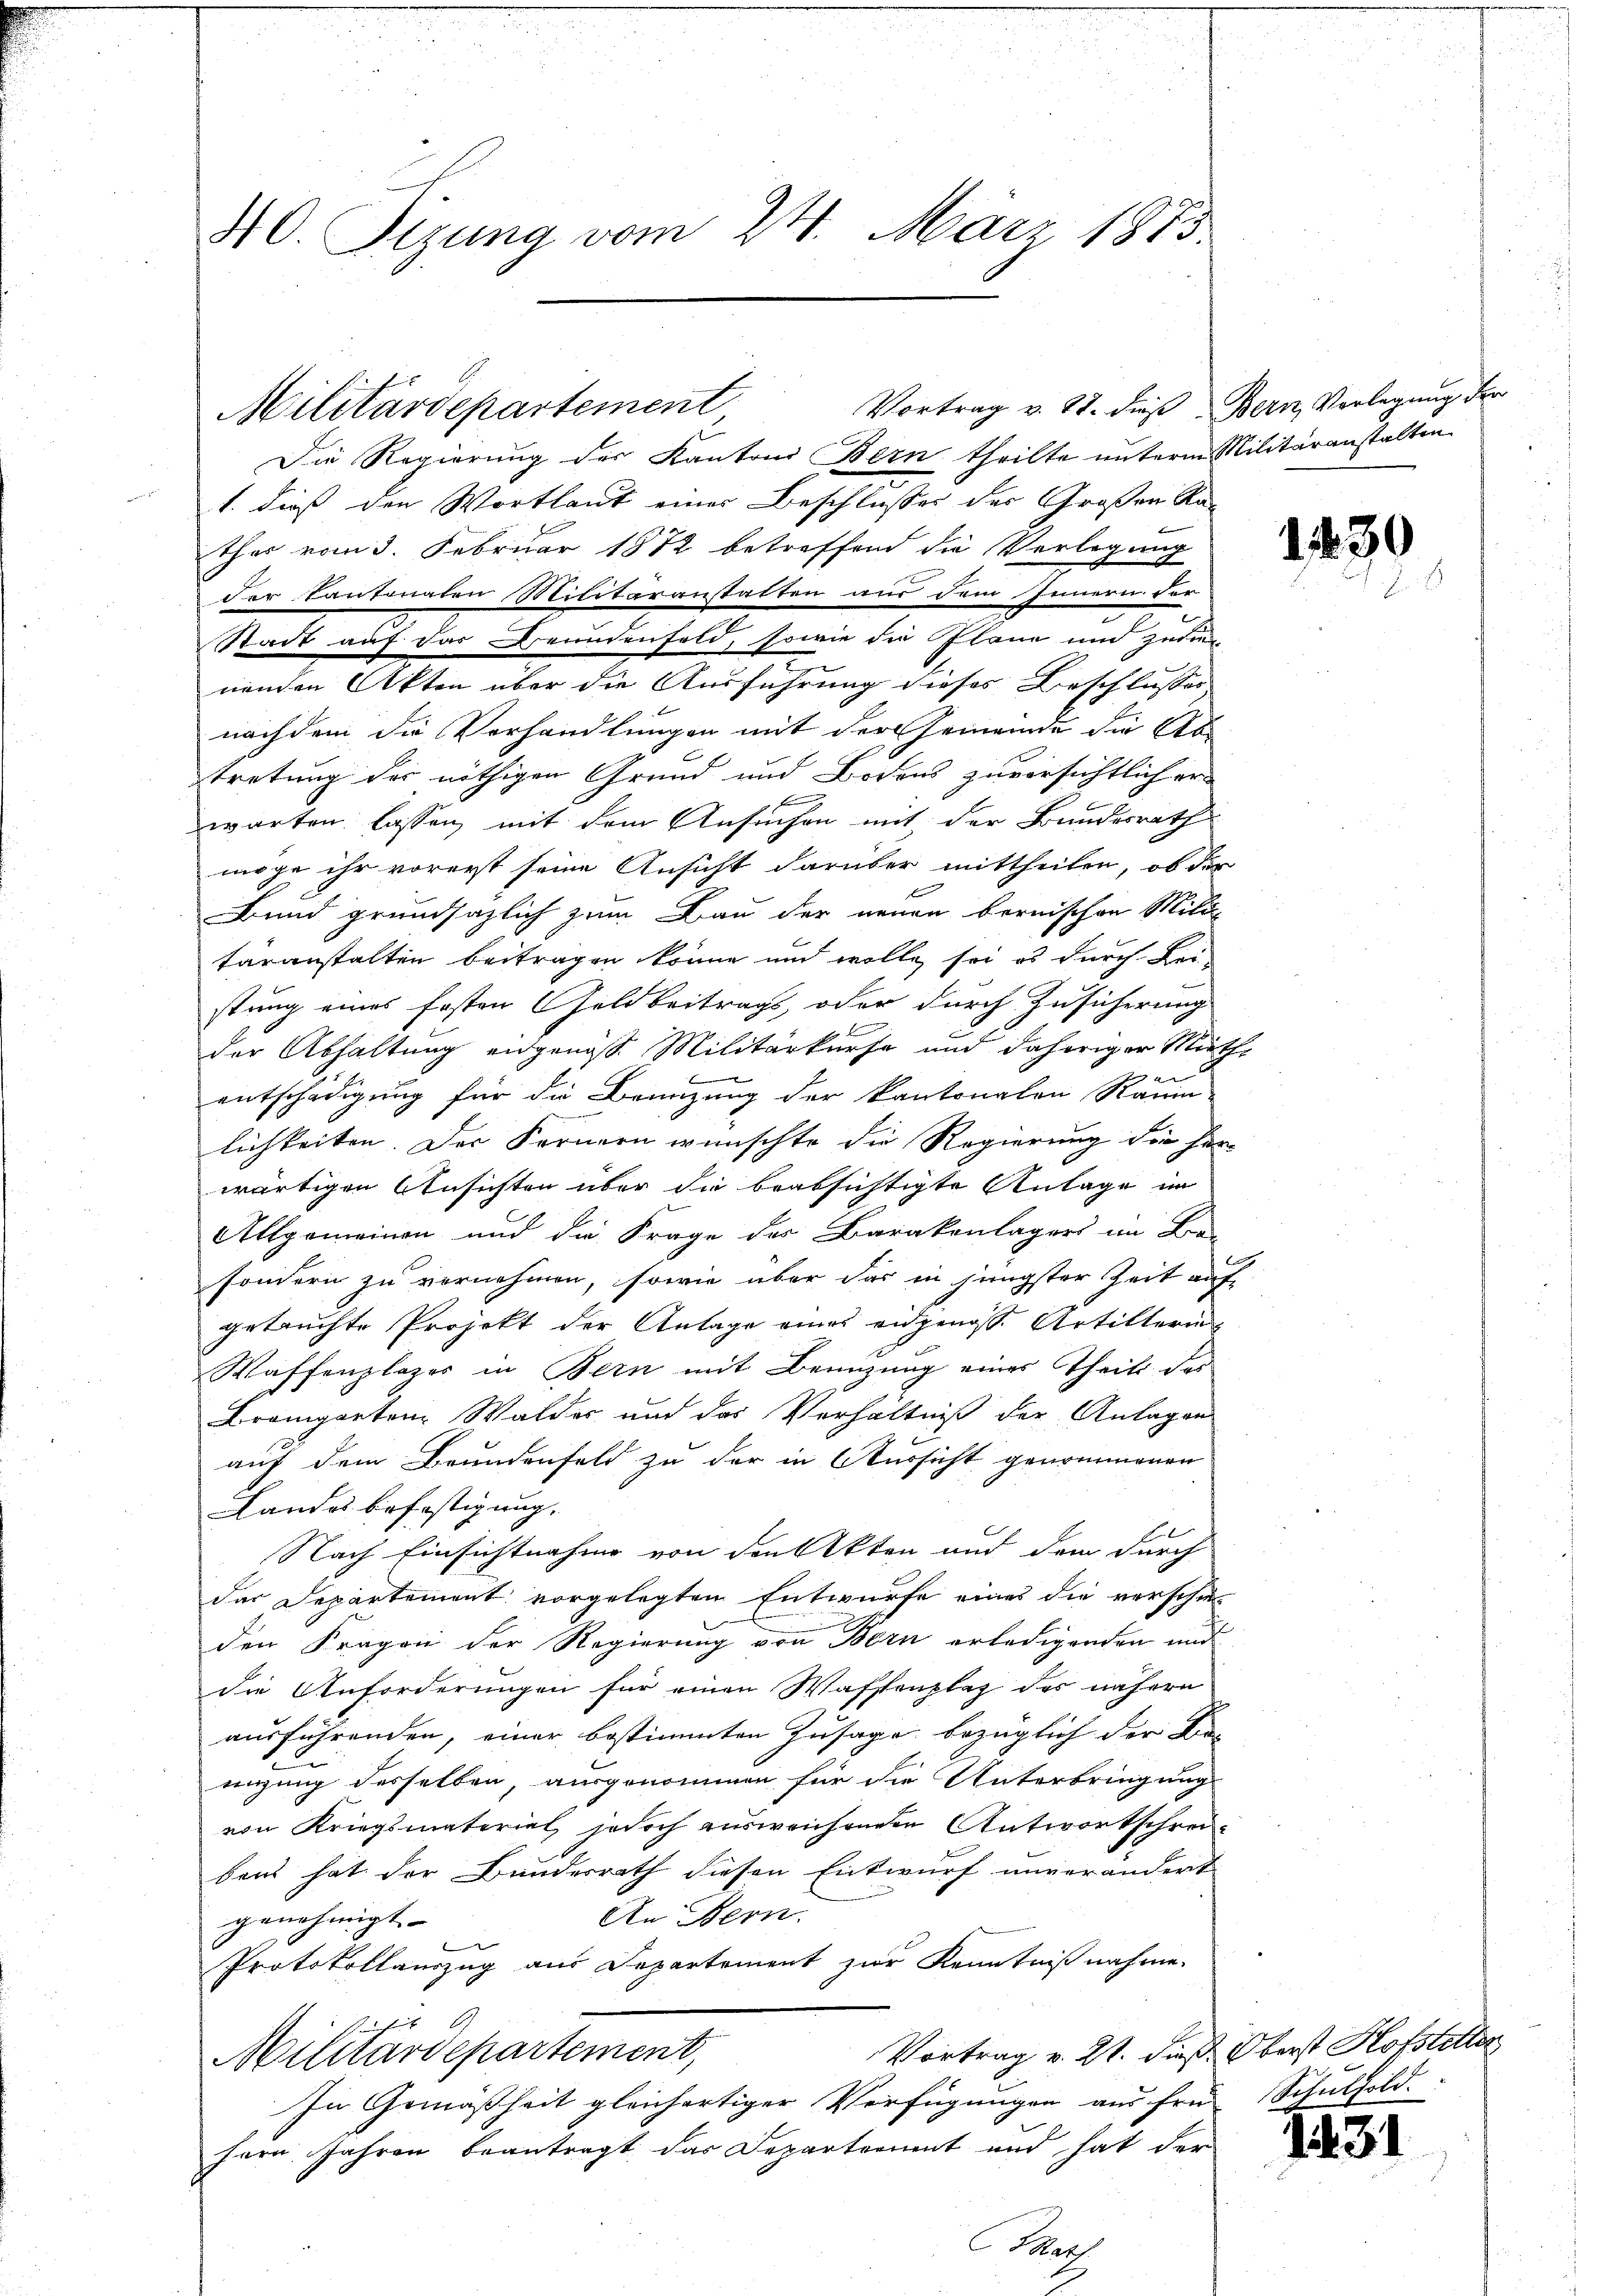
40. Sizung vom 24. März 1875.

Militärdepartement Vortrag v. 27. dieß Bern, Vorlegung der

Die Regierung der Kantons Bern theilte unterm Militäranstalten
1. dieß den Wortlaut einer Beschlusses des Großen Ran
ther vom 3. Februar 1872 betreffend die Verlegung
der Cantonalen Militäranstatten aus dem Innern der
Stadt auf das Grundenfeld, sowie die Plane und zudie
nenden Akten über die Ausführung dieses Beschlusses |
nachdem die Verhandlungen mit der Gemeinde die Na-
tretung des nöthigen Grund und Bodens zuvorsichtlich er
x
warten lassen, mit dem Ansuchen mit der Bundesrath
möge ihr vorerst seine Ansicht darüber mittheilen, ob der
Bund grundsazlich zum Bau der neuen bernischen Mili
täranstalten beitragen könne und wolle sei es durch Bei-
stung eines festen Geldbeitrags, oder durch Zusicherung
der Abhaltung eidgenöß. Militärkurfe und daheriger Miethe
entschädigung für die Branzung der Kantonalen Raum
lichkeiten. Der Fernern wünschte die Regierung die her-
wärtigen Ansichten über die beabsichtigte Anlage im
Allgemeinen und die Frage des Barakanlagers im Ba-
sondern zu vornehmen, sowie über das in jüngster Zeit auf
getruchte Projekt der Anlage eines eidgenoss. Artillerin¬
Waffenzlages in Bern mit Benutzung eines Theils das
Bremgarten Walder und das Verhältniß der Anlagen
auf dem Brundenfeld zu der in Aussicht genommenen
Landes befestigung.
Nach Einsichtnahme von den Akten und dem durch
das Departement vorgelegten Entwurfe eines die verschie
den Fragen der Regierung von Bern erledigenden und
die Anforderungen für einen Wassenplaz des nähern
ausführenden, einer bestimmten Zusage bezüglich der Be-
nigung desselben, ausgenommen für die Unterbringung
von Kriegsmaterial, jedoch ausweichenden Antwortschreibens hat der Bundesrath diesen Entwurf unverändert
An Bern.
genehmigt. |
Protokollauszug aus Departement zur Kenntnißnahme.
s
Vortrag v. 21. dieß Oberst Hofstetter
Militärdepartement,
In Gemäßheit gleichartiger Verfügungen aus früh Schulsold.
fern Jahren beantragt das Departement und hat der
That

130

1

31